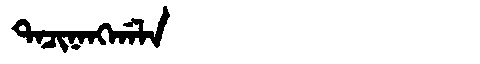
Manchu: ᡨᠠᠴᡳᠨᠠᠩᡤᠠᠯᠠ
Romanization: TACINANGGALA